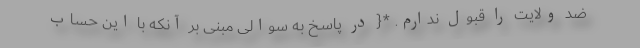
ضد ولایت را قبول ندارم. *{ در پاسخ به سوالی مبنی بر آنکه با این حساب